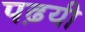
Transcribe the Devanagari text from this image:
पढ़यी